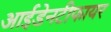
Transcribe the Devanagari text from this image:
आईडेनटीफायर